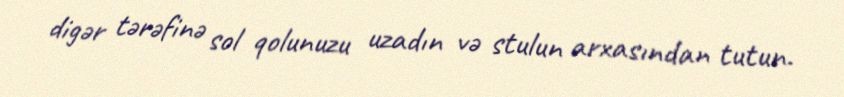
digər tərəfinə sol qolunuzu uzadın və stulun arxasından tutun.